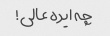
چه ایده عالی!